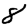
Digit: 8